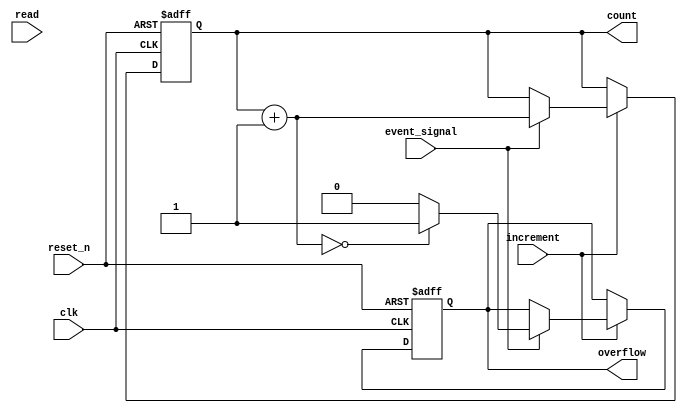
module EventCounter #(
    parameter COUNT_WIDTH = 8 // Parameter for count width
)(
    input wire clk,             // Clock signal
    input wire reset_n,         // Asynchronous active-low reset signal
    input wire event_signal,     // Event signal to trigger increment
    input wire increment,        // Control signal to increment the count
    input wire read,            // Control signal to read the count
    output reg [COUNT_WIDTH-1:0] count, // Current count value
    output reg overflow         // Overflow flag
);

    // Internal signal to hold the next count value
    reg [COUNT_WIDTH-1:0] next_count;

    // Asynchronous reset and synchronous count update
    always @(posedge clk or negedge reset_n) begin
        if (!reset_n) begin
            count <= 0;          // Reset count to 0
            overflow <= 0;       // Clear overflow flag
        end else begin
            if (increment) begin
                // Increment count on event signal
                if (event_signal) begin
                    next_count = count + 1;
                    // Check for overflow
                    if (next_count == 0) begin
                        overflow <= 1; // Set overflow flag if wrapped around
                    end else begin
                        overflow <= 0; // Clear overflow flag
                    end
                    count <= next_count; // Update count
                end
            end
        end
    end

    // Read operation (not necessary for count update, but included for completeness)
    always @(posedge clk) begin
        if (read) begin
            // The current count value is available on the output
            // This can be used for further processing or display
        end
    end

endmodule